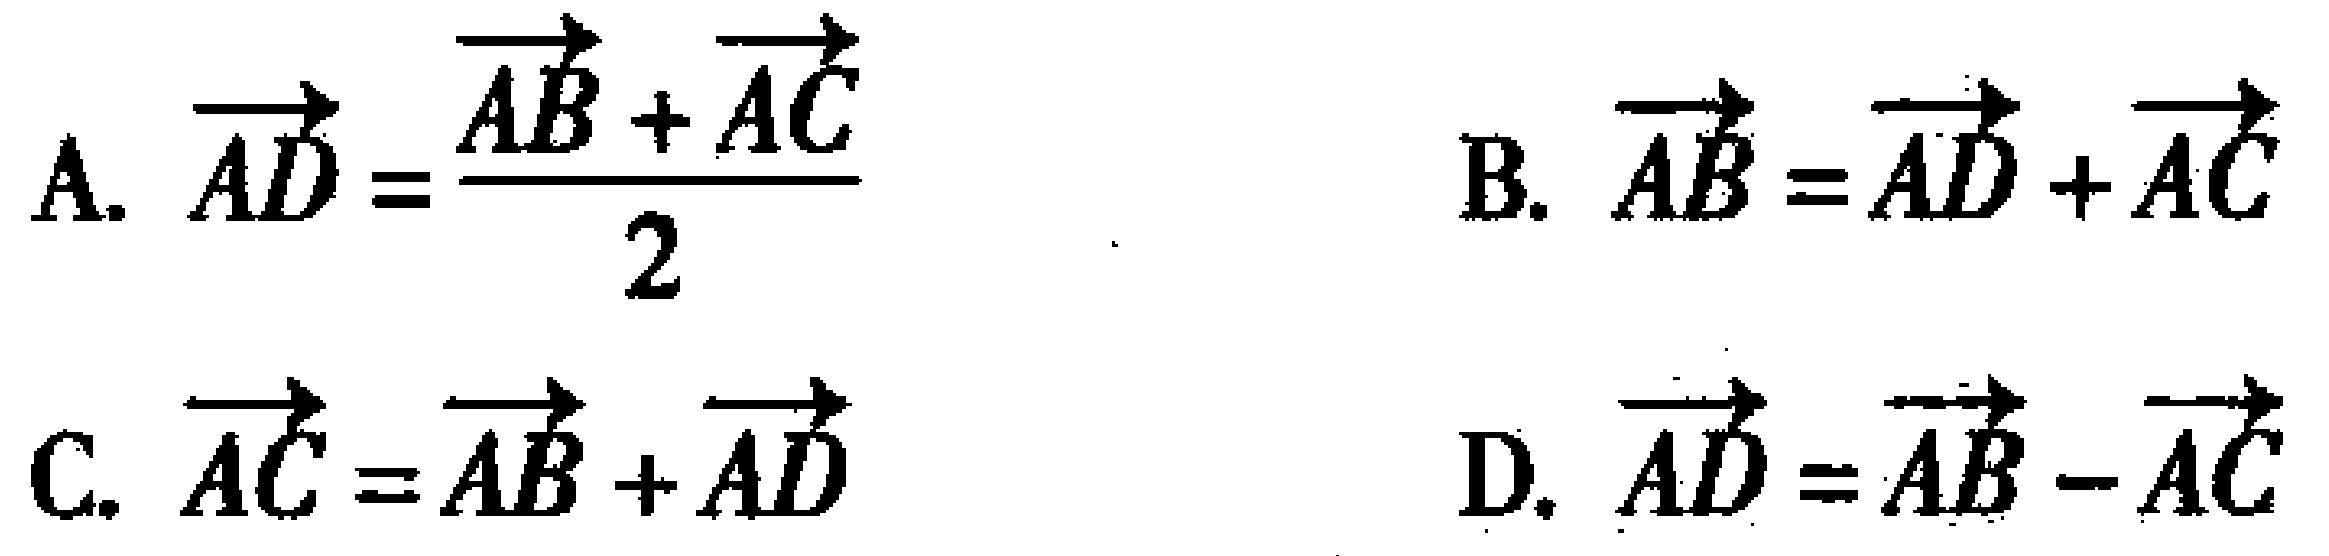
A. $\overrightarrow{AD}=\frac{\overrightarrow{AB}+\overrightarrow{AC}}{2}$
B. $\overrightarrow{AB}=\overrightarrow{AD}+\overrightarrow{AC}$
C. $\overrightarrow{AC}=\overrightarrow{AB}+\overrightarrow{AD}$
D. $\overrightarrow{AD}=\overrightarrow{AB}-\overrightarrow{AC}$